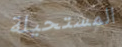
المستحيلة